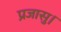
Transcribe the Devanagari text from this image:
प्रजासु।